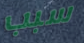
سبب